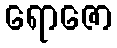
ရောဇော